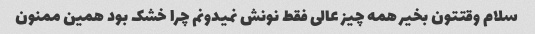
سلام وقتتون بخیر همه چیز عالی فقط نونش نمیدونم چرا خشک بود همین ممنون